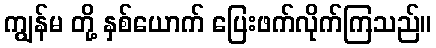
ကျွန်မ တို့ နှစ်ယောက် ပြေးဖက်လိုက်ကြသည်။